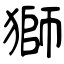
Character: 獅